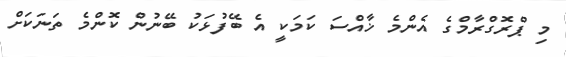
މި ޕްރޮގްރާމްގެ އެންމެ ޚާއްސަ ކަމަކީ އެ ބޭފުޅަކު ބޭނުން ކޮންމެ ތަނަކަށް